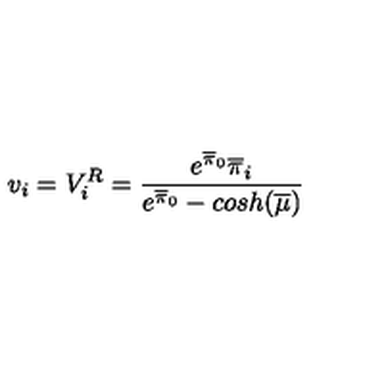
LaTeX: v _ { i } = V _ { i } ^ { R } = \frac { { e ^ { \overline { { \pi } } _ { 0 } } \overline { { \pi } } _ { i } } } { e ^ { \overline { { \pi } } _ { 0 } } - c o s h ( \overline { { \mu } } ) }